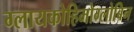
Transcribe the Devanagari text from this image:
ग्लायकोहिमोग्लोबिन